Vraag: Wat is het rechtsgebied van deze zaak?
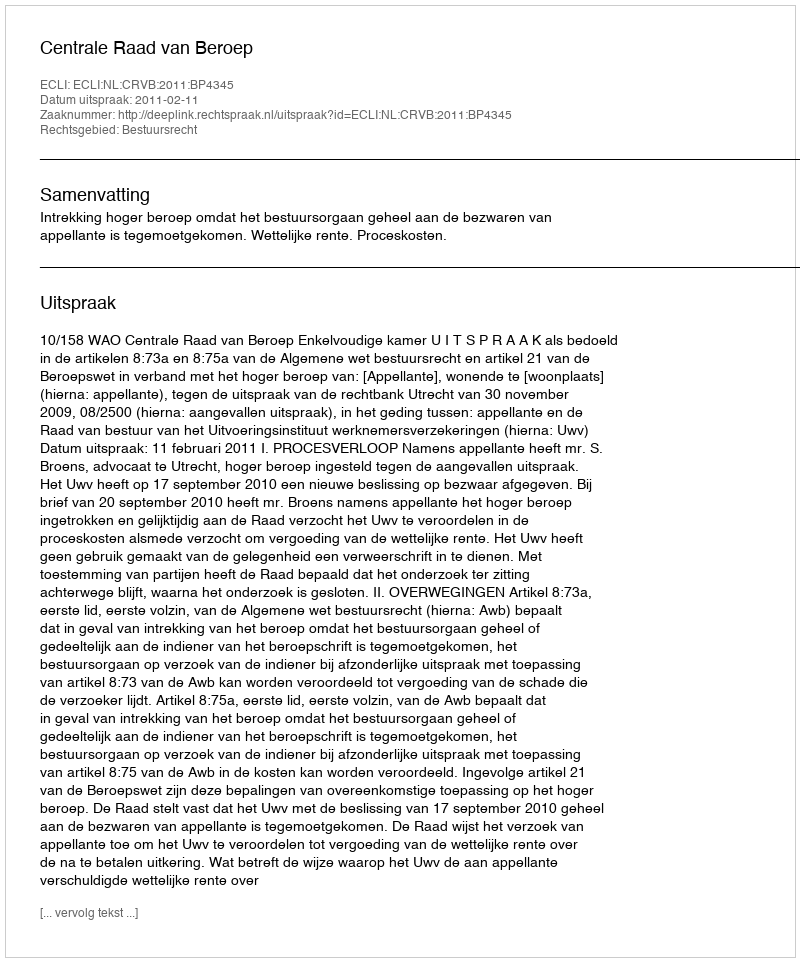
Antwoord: Bestuursrecht